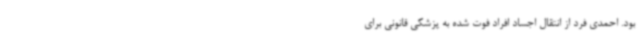
بود. احمدی فرد از انتقال اجساد افراد فوت شده به پزشکی قانونی برای